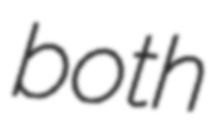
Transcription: both